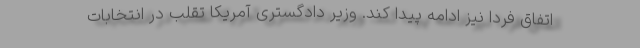
اتفاق فردا نیز ادامه پیدا کند. وزیر دادگستری آمریکا تقلب در انتخابات